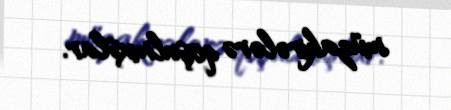
müzakirələrə qoşulmuşlar.